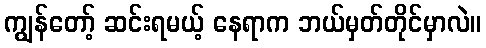
ကျွန်တော့် ဆင်းရမယ့် နေရာက ဘယ်မှတ်တိုင်မှာလဲ။